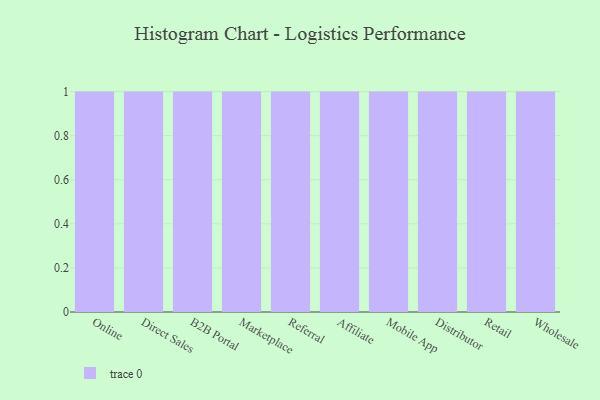
{"axis": {"x": "Channel", "y": "Satisfaction Score"}, "legend": [""], "data": [{"x": "Online", "y": 67, "type": ""}, {"x": "Direct Sales", "y": 21, "type": ""}, {"x": "B2B Portal", "y": 51, "type": ""}, {"x": "Marketplace", "y": 85, "type": ""}, {"x": "Referral", "y": 42, "type": ""}, {"x": "Affiliate", "y": 47, "type": ""}, {"x": "Mobile App", "y": 42, "type": ""}, {"x": "Distributor", "y": 31, "type": ""}, {"x": "Retail", "y": 38, "type": ""}, {"x": "Wholesale", "y": 63, "type": ""}]}